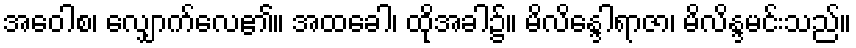
အဝေါစ၊ လျှောက်လေ၏။ အထခေါ၊ ထိုအခါ၌။ မိလိန္ဒေါရာဇာ၊ မိလိန္ဒမင်းသည်။